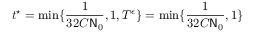
t ^ { \star } = \displaystyle \operatorname* { m i n } \{ \frac { 1 } { 3 2 C \mathsf { N } _ { 0 } } , 1 , T ^ { \epsilon } \} = \displaystyle \operatorname* { m i n } \{ \frac { 1 } { 3 2 C \mathsf { N } _ { 0 } } , 1 \}